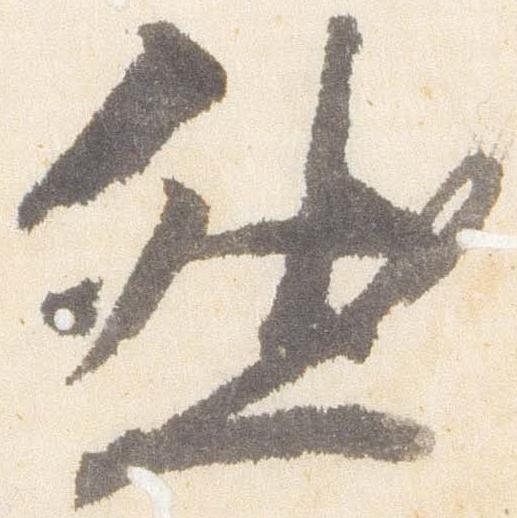
然